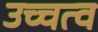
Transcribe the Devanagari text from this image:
उच्चत्व